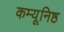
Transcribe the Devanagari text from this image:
कम्यूनिष्ठ